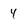
Character: 4